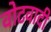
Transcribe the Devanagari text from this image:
वोटवादी